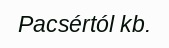
Pacsértól kb.